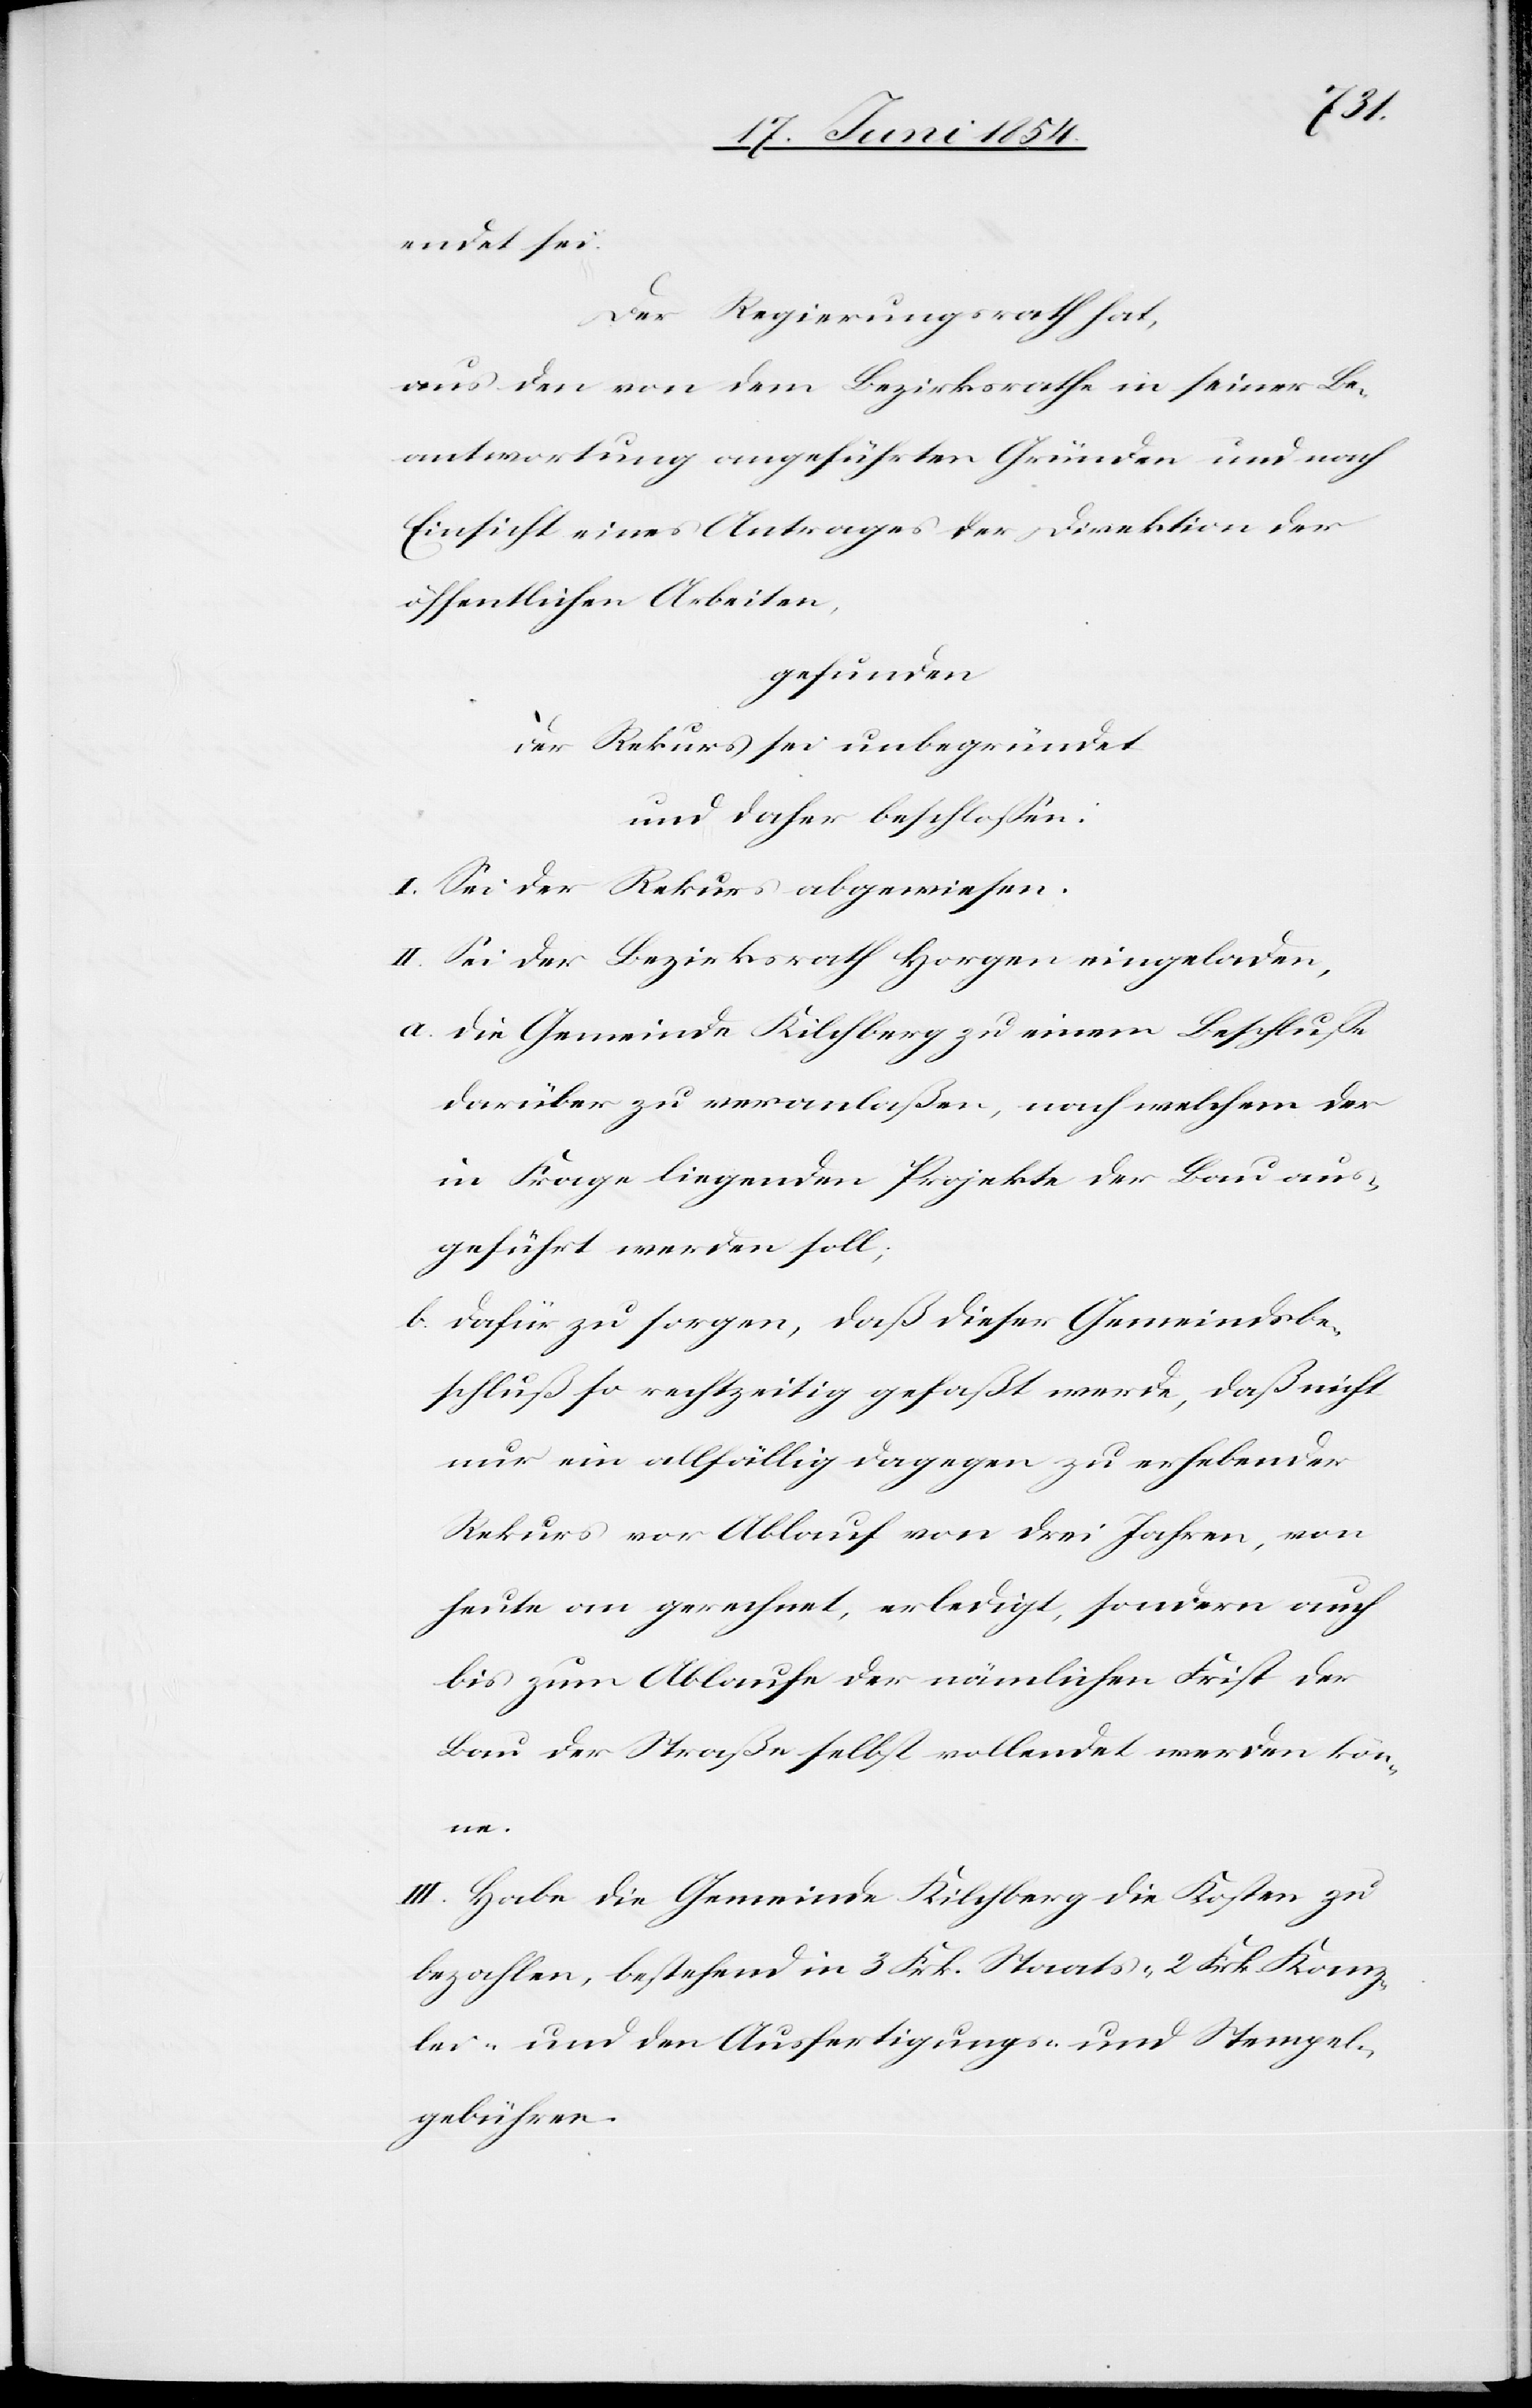
aus¬
endet sei.
Der Regierungsrath hat,
aus den von dem Bezirksrathe in seiner Be¬
antwortung angeführten Gründen und nach
Einsicht eines Antrages der Direktion der
öffentlichen Arbeiten,
gefunden
der Rekurs sei unbegründet
und daher beschloßen:
I. Sei der Rekurs abgewiesen.
II. Sei der Bezirksrath Horgen eingeladen,
a. die Gemeinde Kilchberg zu einem Beschluße
darüber zu veranlaßen, nach welchem der
in Frage liegenden Projekte der Bau [s¬
geführt werden soll;
b. dafür zu sorgen, daß dieser Gemeindsbe¬
schluß so rechtzeitig gefaßt werde, daß nicht
nur ein allfällig dagegen zu erhebender
Rekurs vor Ablauf von drei Jahren, von
heute an gerechnet, erledigt, sondern auch
bis zum Ablaufe der nämlichen Frist der
Bau der Straße selbst vollendet werden kön¬
ne.
III. Habe die Gemeinde Kilchberg die Kosten zu
bezahlen, bestehend in 3 Frk. Staats-[,] 2 Frk. Kanz¬
lei- und den Ausfertigungs- und Stempel¬
gebühren.